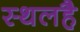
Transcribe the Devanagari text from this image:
स्थलहै